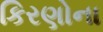
કિરણોના